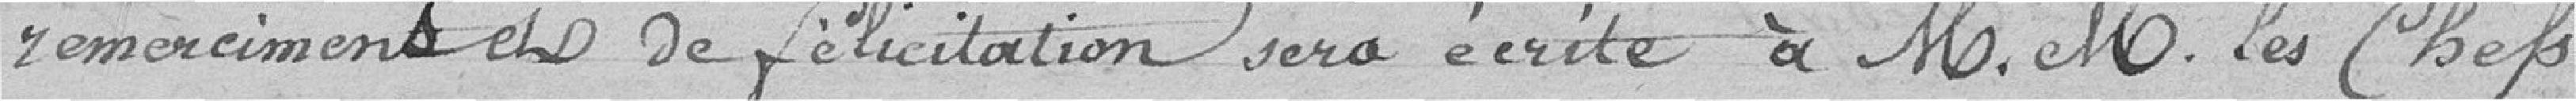
remerciements et de félicitations sera écrite à messieurs les Chefs